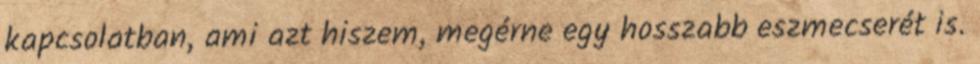
kapcsolatban, ami azt hiszem, megérne egy hosszabb eszmecserét is.